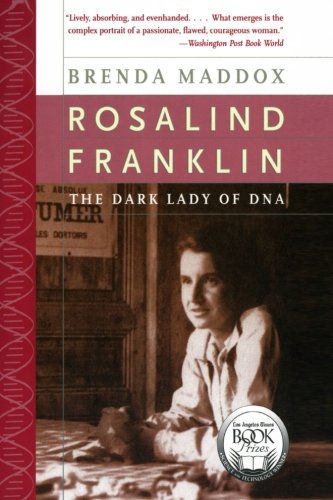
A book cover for Rosalind Franklin: The Dark Lady of DNA; Brenda Maddox; Medical Books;